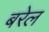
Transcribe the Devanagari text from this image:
बरेल